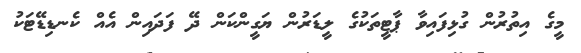
މީގެ އިތުރުން ގުޅިފައިވާ ޕާޓީތަކުގެ ލީޑަރުން ޔަގީންކަން ދޭ ފަދައިން އެއް ކެނޑިޑޭޓަކު